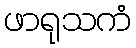
ဖာရုသကံ